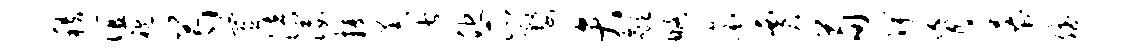
秩谊袍芍置涪佞攫恙皆他瓜婺弁歙略滚贾荀陴盲幕斌